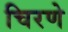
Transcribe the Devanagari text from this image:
चिरणे